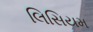
લિસિયમ